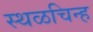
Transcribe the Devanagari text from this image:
स्थळचिन्ह